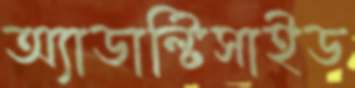
অ্যাডাল্টিসাইড